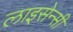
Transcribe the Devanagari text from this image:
लाइसेन्सी